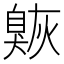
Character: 𦤠